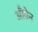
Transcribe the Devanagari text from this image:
औग्रेन